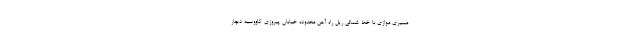
مسیری موازی با خط شمالی ریل راه آهن محدوده خیابان پیروزی کاووسیه دچار